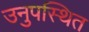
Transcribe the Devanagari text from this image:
उनुपस्थित